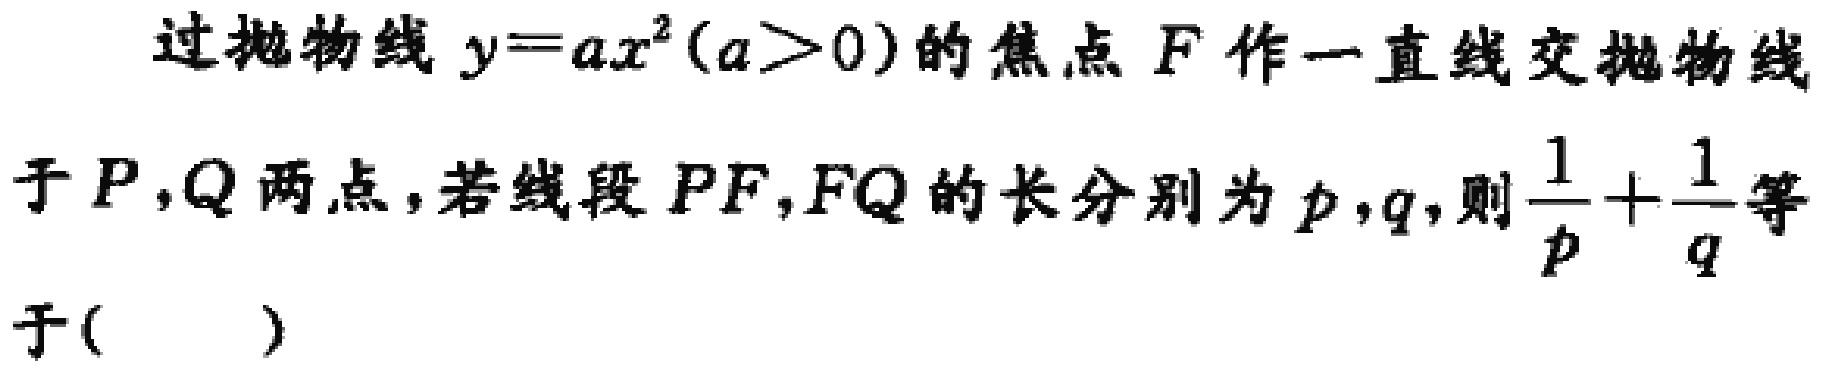
过抛物线\(y = ax^{2}(a>0)\)的焦点\(F\)作一直线交抛物线于\(P,Q\)两点，若线段\(PF,FQ\)的长分别为\(p,q\)，则\(\frac{1}{p}+\frac{1}{q}\)等于( )